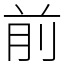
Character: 前